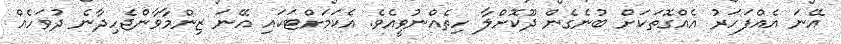
އޭނަ އެއްފަހަރު އެއްގޮތަކަށް ބުނެގެން ދޫކޮށްލާ ހިތެއްނުވީއެވެ. އެކަމަށްޓަކައި އޭނަ ޒިންމާވާންޖެހިދާނެ ދުވަހެއް